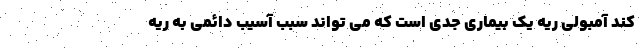
کند آمبولی ریه یک بیماری جدی است که می تواند سبب آسیب دائمی به ریه